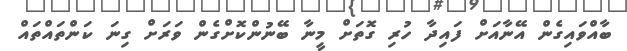
ބާއްވައިގެން އޭނާއަށް ފައިދާ ހުރި ގޮތަށް މީނާ ބޭނުންކޮށްގެން ވަރަށް ގިނަ ކަންތައްތައް